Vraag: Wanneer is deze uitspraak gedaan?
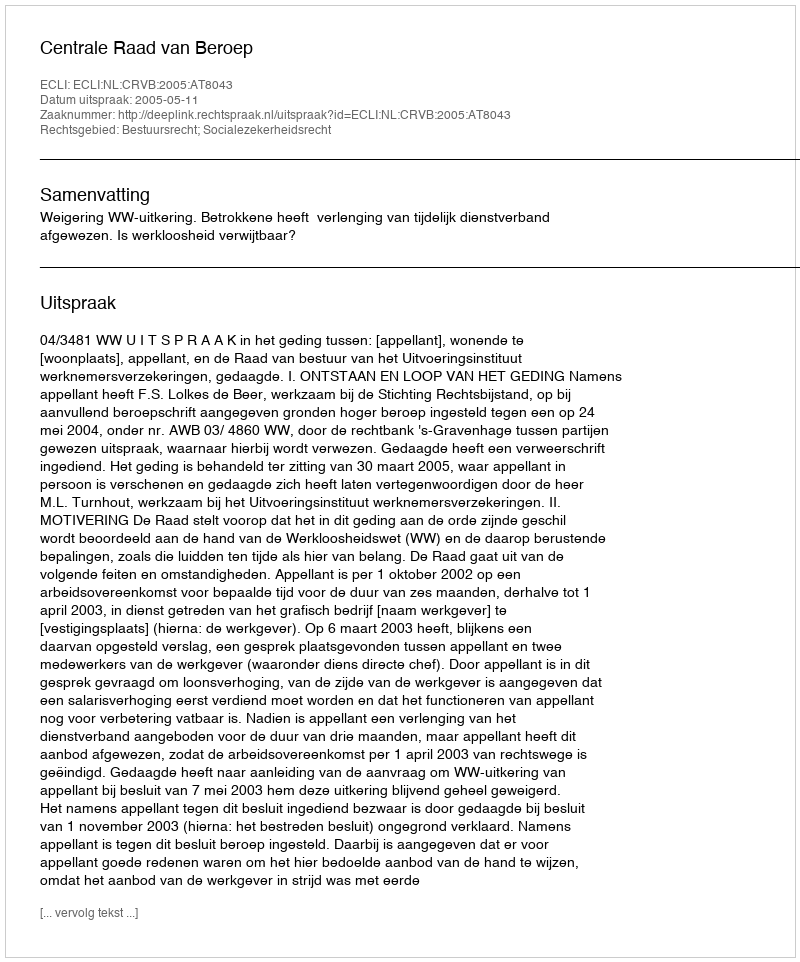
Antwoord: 2005-05-11